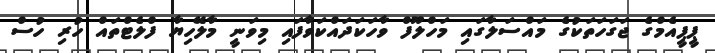
ޕީޕީއެމްގެ ޖަގަހަތަކުގެ މައްސަލާގައި މަހްލޫފް ވާހަކަދައްކަވާފައި މިވަނީ މާލޭހިޔާ ފްލެޓްތައް ހުރި ހުސް